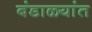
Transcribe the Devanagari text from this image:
बंडाळ्यांत